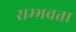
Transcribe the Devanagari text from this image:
सम्भवता